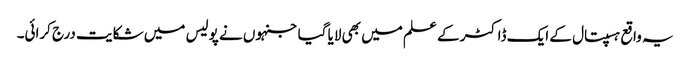
یہ واقع ہسپتال کے ایک ڈاکٹر کے علم میں بھی لایا گیا جنہوں نے پولیس میں شکایت درج کرائی۔